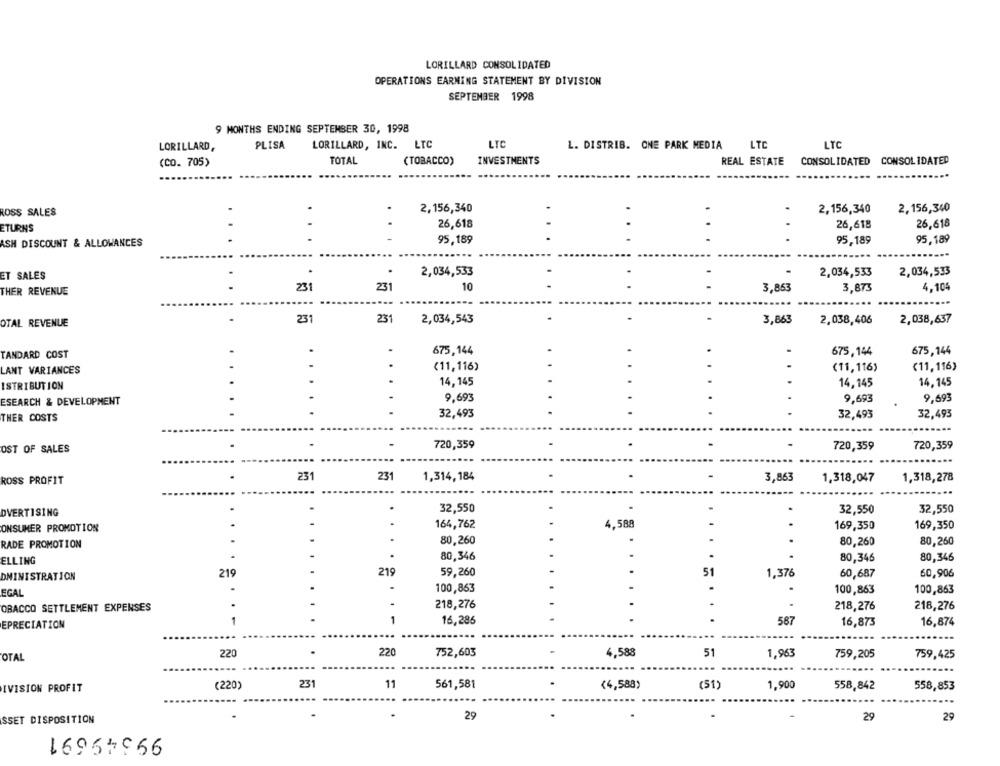
LORILLARD CONSOLIDATED
OPERATIONS EARNING STATEMENT BY DIVISION
SEPTEMBER 1998
9 MONTHS ENDING SEPTEMBER 30, 1998
PLISA
LORILLARD, INC. LTC
LTC
L. DISTRIB. ONE PARK MEDIA
LTC
LTC
LORILLARD,
(CO. 705)
TOTAL
(TOBACCO)
INVESTMENTS
REAL ESTATE CONSOLIDATED CONSOLIDATED
2,156,340
2,156,340
ROSS SALES
.
2,156,340
26,618
ETURNS
26,618
26,618
ASH DISCOUNT & ALLOWANCES
95,189
95,189
95.189
ET SALES
2,034,533
2,034,533
2,034,533
THER REVENUE
231
231
10
3,863
3,873
4,104
OTAL REVENUE
231
231
2,034,543
3,863
2,038,406
2,038,637
675,144
675,144
675,144
TANDARD COST
(11, 116)
(11,116)
(11, 116)
LANT VARIANCES
ISTRIBUTION
14,145
14,145
14,145
9,693
9,693
9,693
ESEARCH & DEVELOPMENT
32,493
32,493
32,493
THER COSTS
720,359
OST OF SALES
720,359
720,359
231
ROSS PROFIT
231
1,314, 184
3,863
1,318,047
1,318,278
...
DVERTISING
32,550
.
32,550
32,550
ONSUMER PROMOTION
164,762
4,588
169,350
169,350
RADE PROMOTION
80,260
80,260
80,260
ELLING
80,346
.
80,346
80,346
219
219
59,260
51
1,37
60,687
60,906
DMINISTRATION
100,863
.
.
100,863
100,863
EGAL
218,276
.
218,276
OBACCO SETTLEMENT EXPENSES
218,276
16,286
587
EPRECIATION
16,873
16,874
220
OTAL
220
752,603
4,588
51
1,963
759,205
759,425
IVISION PROFIT
(220)
231
11
561,581
(4,588)
(51)
1,900
558,842
558,853
SSET DISPOSITION
29
29
29
99349691